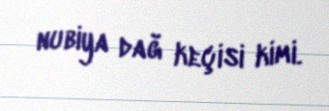
nubiya dağ keçisi kimi.